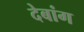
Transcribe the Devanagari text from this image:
देबांग